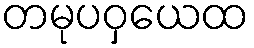
တမုပဝှယေထ